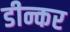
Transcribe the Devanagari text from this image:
डीन्कर